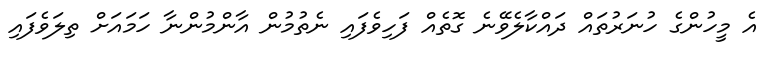
އެ މީހުންގެ ހުނަރުތައް ދައްކާލެވޭނެ ގޮތެއް ފަހިވެފައި ނެތުމުން އާންމުންނާ ހަމައަށް ތިލަވެފައި